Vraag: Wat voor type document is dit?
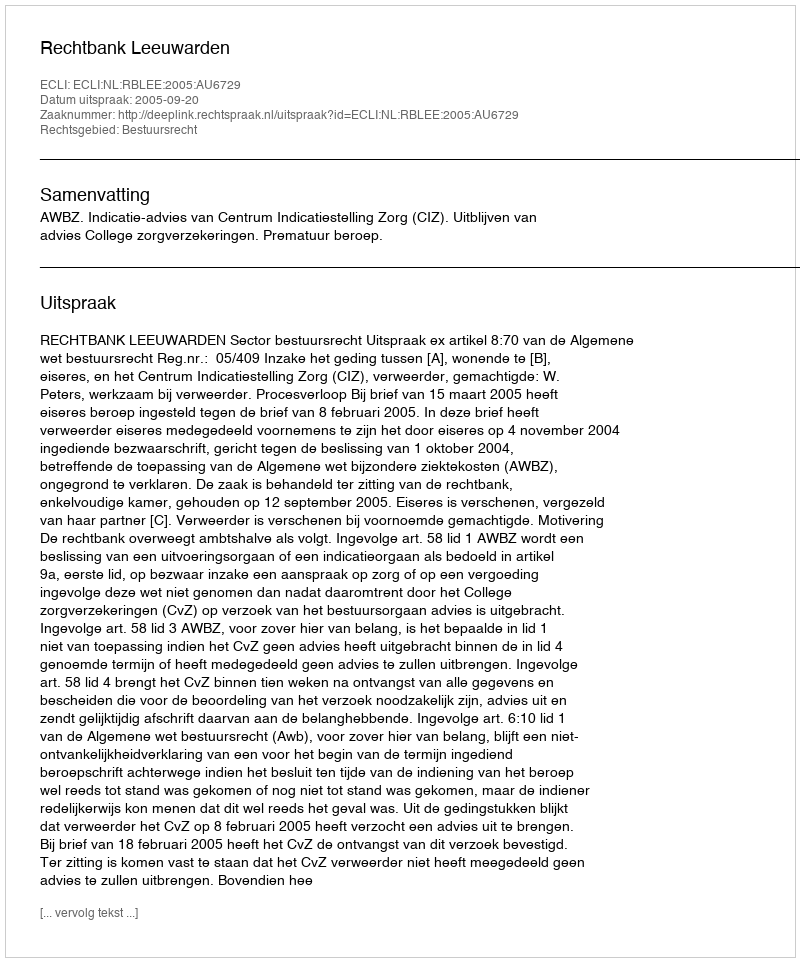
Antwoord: Uitspraak